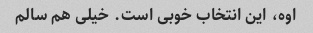
اوه، این انتخاب خوبی است. خیلی هم سالم